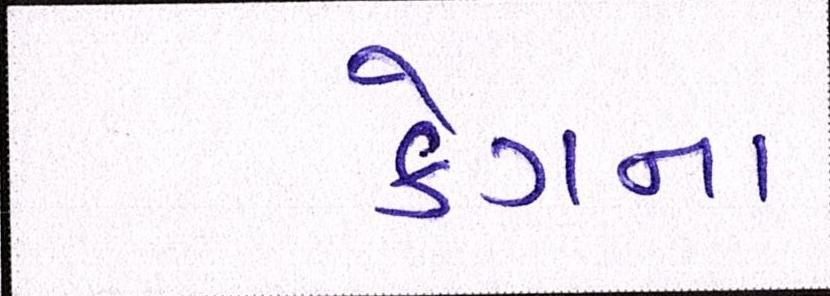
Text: કેગના